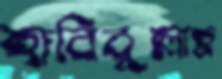
হাবিবুল্লাহ্র